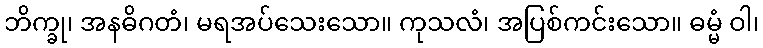
ဘိက္ခု၊ အနဓိဂတံ၊ မရအပ်သေးသော။ ကုသလံ၊ အပြစ်ကင်းသော။ ဓမ္မံ ဝါ၊